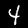
Digit: 4